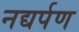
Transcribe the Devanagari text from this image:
नद्यर्पण